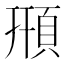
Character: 𩒖